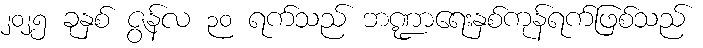
၂၀၂၅ ခုနှစ် ဇွန်လ ၃၀ ရက်သည် ဘဏ္ဍာရေးနှစ်ကုန်ရက်ဖြစ်သည်